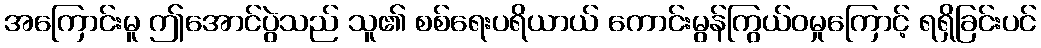
အကြောင်းမူ ဤအောင်ပွဲသည် သူ၏ စစ်ရေးပရိယာယ် ကောင်းမွန်ကြွယ်ဝမှုကြောင့် ရရှိခြင်းပင်